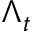
\Lambda _ { t }